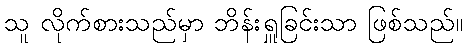
သူ လိုက်စားသည်မှာ ဘိန်းရှူခြင်းသာ ဖြစ်သည်။